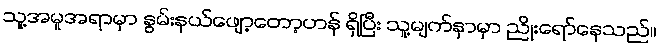
သူ့အမူအရာမှာ နွမ်းနယ်ဖျော့တော့ဟန် ရှိပြီး သူ့မျက်နှာမှာ ညိုးရော်နေသည်။